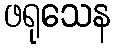
ဖရုသေန